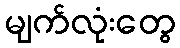
မျက်လုံးတွေ